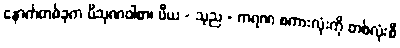
နောက်တစ်ခုက ပိသုဏဝါစာ၊ ပီယ - သုည - ကရဏ စကားလုံးကို တစ်လုံးစီ